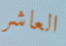
العاشر